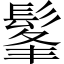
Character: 髼